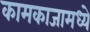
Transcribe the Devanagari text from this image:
कामकाजामध्ये